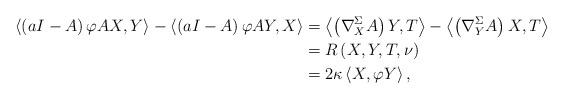
LaTeX: \begin{align*}\left\langle \left( aI-A\right) \varphi AX,Y\right\rangle -\left\langle\left( aI-A\right) \varphi AY,X\right\rangle & =\left\langle \left(\nabla_{X}^{\Sigma}A\right) Y,T\right\rangle -\left\langle \left( \nabla_{Y}^{\Sigma}A\right) X,T\right\rangle \\& =R\left( X,Y,T,\nu\right) \\& =2\kappa\left\langle X,\varphi Y\right\rangle ,\end{align*}